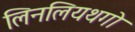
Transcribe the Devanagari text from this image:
लिनलियथगो